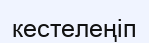
кестелеңіп